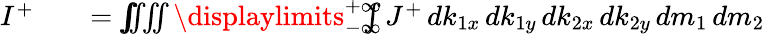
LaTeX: \begin{array}{rlr}{I^{+}}&{{}}&{=\int\! \! \! \! \! \iiiint\displaylimits_{-\infty}^{+\infty}\! \! \! \! \! \int J^{+}\, dk_{1x}\, dk_{1y}\, dk_{2x}\, dk_{2y}\, dm_{1}\, dm_{2}}\end{array}